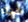
هذه